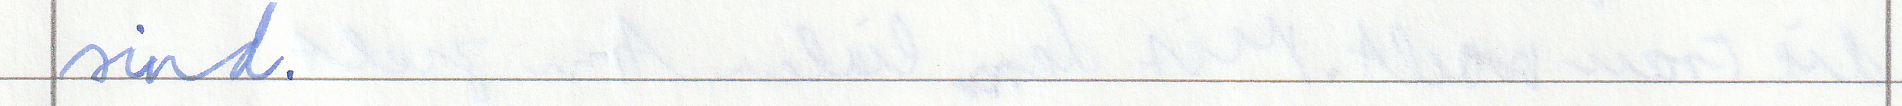
sind.